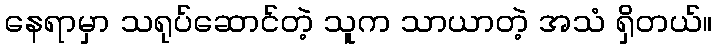
နေရာမှာ သရုပ်ဆောင်တဲ့ သူက သာယာတဲ့ အသံ ရှိတယ်။